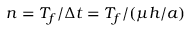
n = T _ { f } / \Delta t = T _ { f } / ( \mu h / a )